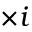
\times i